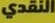
النقدي